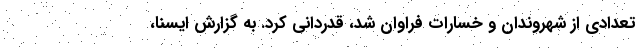
تعدادی از شهروندان و خسارات فراوان شد، قدردانی کرد. به گزارش ایسنا،